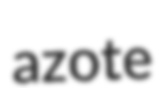
azote